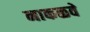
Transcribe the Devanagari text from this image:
नाकळवे